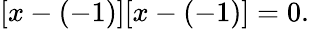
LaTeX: [x-(-1)][x-(-1)]=0.